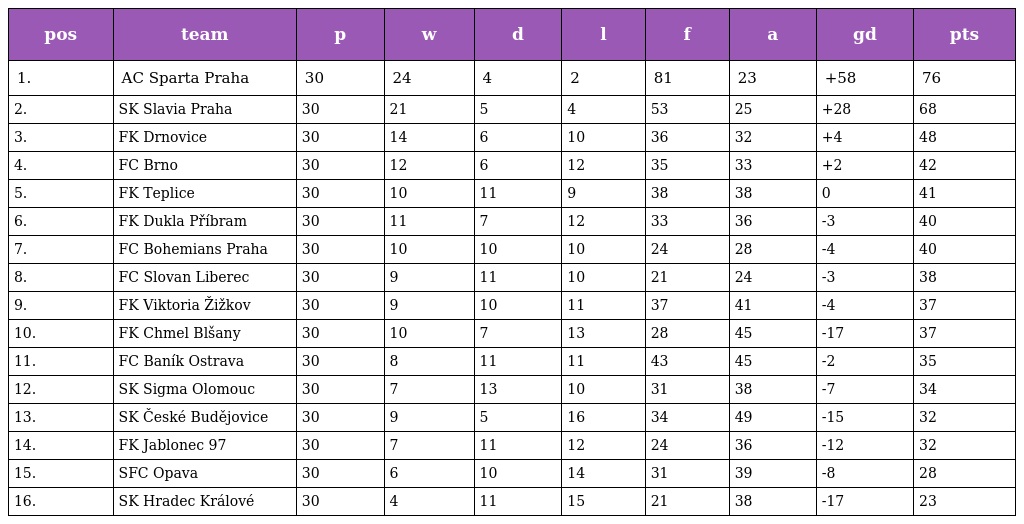
| pos | team | p | w | d | l | f | a | gd | pts |
 | --- | --- | --- | --- | --- | --- | --- | --- | --- | --- |
 | 1. | AC Sparta Praha | 30 | 24 | 4 | 2 | 81 | 23 | +58 | 76 |
 | 2. | SK Slavia Praha | 30 | 21 | 5 | 4 | 53 | 25 | +28 | 68 |
 | 3. | FK Drnovice | 30 | 14 | 6 | 10 | 36 | 32 | +4 | 48 |
 | 4. | FC Brno | 30 | 12 | 6 | 12 | 35 | 33 | +2 | 42 |
 | 5. | FK Teplice | 30 | 10 | 11 | 9 | 38 | 38 | 0 | 41 |
 | 6. | FK Dukla Příbram | 30 | 11 | 7 | 12 | 33 | 36 | -3 | 40 |
 | 7. | FC Bohemians Praha | 30 | 10 | 10 | 10 | 24 | 28 | -4 | 40 |
 | 8. | FC Slovan Liberec | 30 | 9 | 11 | 10 | 21 | 24 | -3 | 38 |
 | 9. | FK Viktoria Žižkov | 30 | 9 | 10 | 11 | 37 | 41 | -4 | 37 |
 | 10. | FK Chmel Blšany | 30 | 10 | 7 | 13 | 28 | 45 | -17 | 37 |
 | 11. | FC Baník Ostrava | 30 | 8 | 11 | 11 | 43 | 45 | -2 | 35 |
 | 12. | SK Sigma Olomouc | 30 | 7 | 13 | 10 | 31 | 38 | -7 | 34 |
 | 13. | SK České Budějovice | 30 | 9 | 5 | 16 | 34 | 49 | -15 | 32 |
 | 14. | FK Jablonec 97 | 30 | 7 | 11 | 12 | 24 | 36 | -12 | 32 |
 | 15. | SFC Opava | 30 | 6 | 10 | 14 | 31 | 39 | -8 | 28 |
 | 16. | SK Hradec Králové | 30 | 4 | 11 | 15 | 21 | 38 | -17 | 23 |